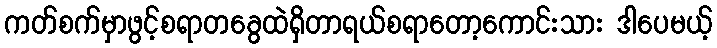
ကတ်စက်မှာဖွင့်စရာတခွေထဲရှိတာရယ်စရာတော့ကောင်းသား ဒါပေမယ့်